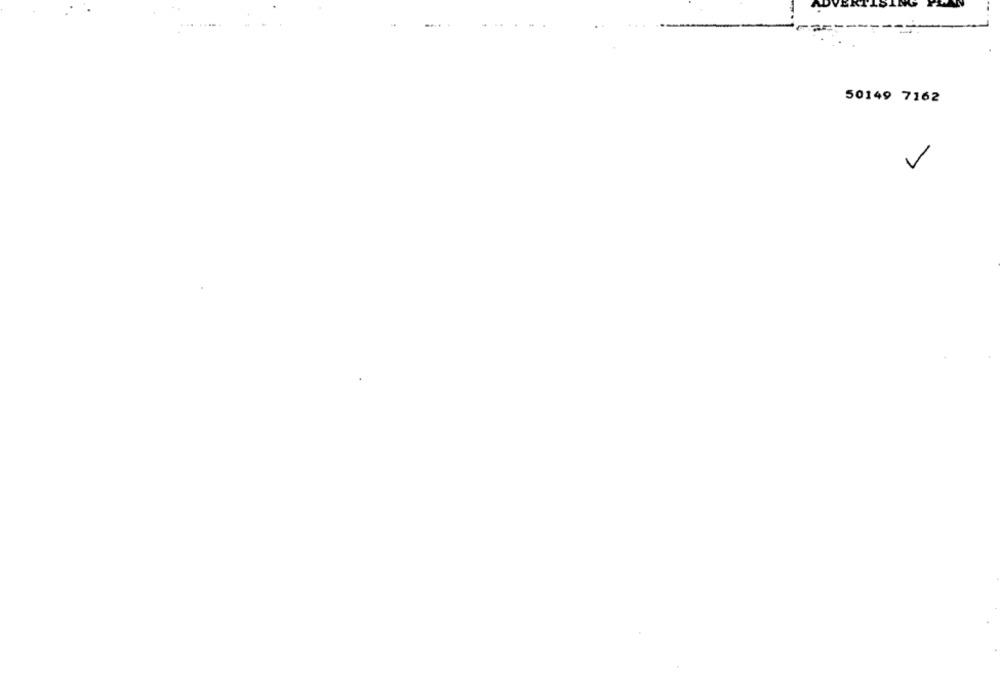
-
50149 7162
V